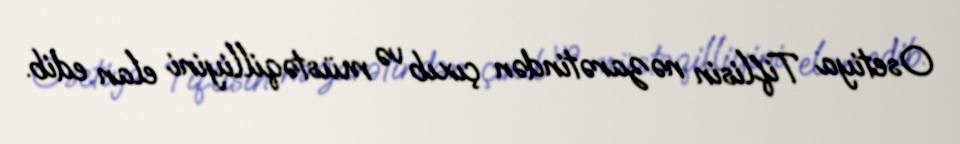
Osetiya Tiflisin nəzarətindən çıxıb və müstəqilliyini elan edib.